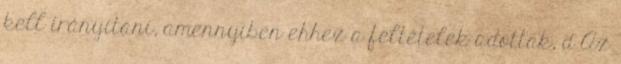
kell irányítani, amennyiben ehhez a feltételek adottak, d Az